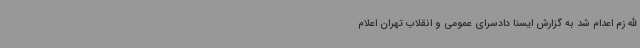
الله زم اعدام شد به گزارش ایسنا دادسرای عمومی و انقلاب تهران اعلام